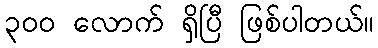
၃ဝဝ လောက် ရှိပြီ ဖြစ်ပါတယ်။